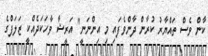
ކާން ވެސް ތައްޔާރު ކުރާން ދާންވެފައި މި އިންނަނީ" އަރީޝާ ވާހަކަދެއްކީ ޒަލަފްގެ